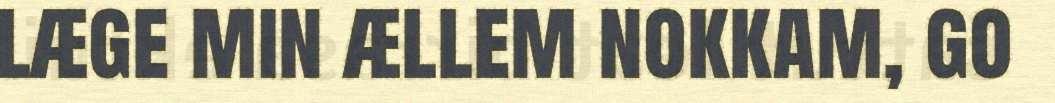
læge min ællem nokkam, go